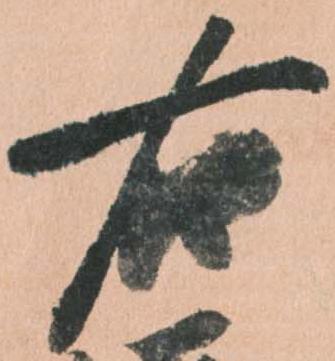
右